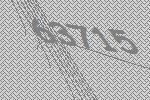
63715